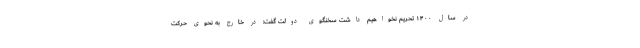
در سال ۱۴۰۰ تحریم نخواهیم داشت سخنگوی دولت گفت: در خارج به نحوی حرکت